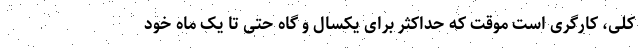
کلی، کارگری است موقت که حداکثر برای یکسال و گاه حتی تا یک ماه خود